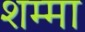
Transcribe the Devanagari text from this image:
शम्मा